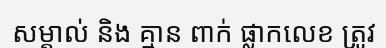
សម្គាល់ និង គ្មាន ពាក់ ផ្លាកលេខ ត្រូវ